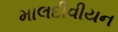
માલદીવીયન